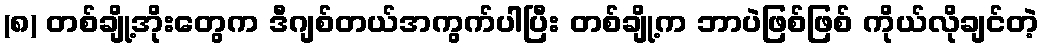
(၈) တစ်ချို့အိုးတွေက ဒီဂျစ်တယ်အကွက်ပါပြီး တစ်ချို့က ဘာပဲဖြစ်ဖြစ် ကိုယ်လိုချင်တဲ့